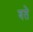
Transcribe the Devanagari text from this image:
बते